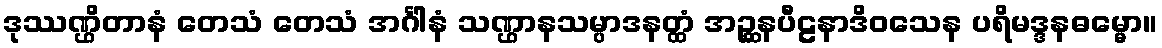
ဒုဿဏ္ဌိတာနံ တေသံ တေသံ အင်္ဂါနံ သဏ္ဌာနသမ္ပာဒနတ္ထံ အဉ္ဆနပီဠနာဒိဝသေန ပရိမဒ္ဒနဓမ္မော။